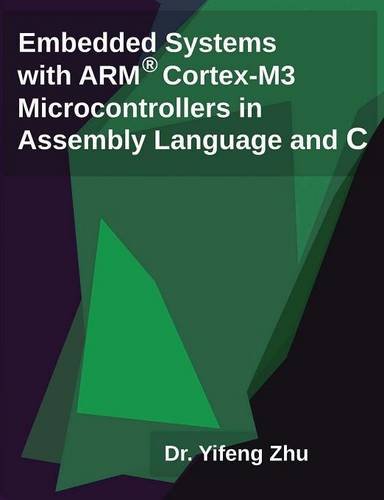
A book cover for Embedded Systems with ARM Cortex-M3 Microcontrollers in Assembly Language and C; Yifeng Zhu; Computers & Technology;